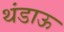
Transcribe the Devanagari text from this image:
थंडाऊ